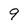
Character: 9